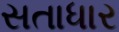
સતાધાર